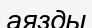
аязды